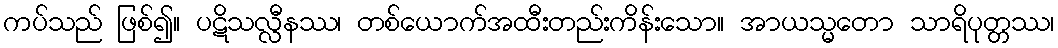
ကပ်သည် ဖြစ်၍။ ပဋိသလ္လီနဿ၊ တစ်ယောက်အထီးတည်းကိန်းသော။ အာယသ္မတော သာရိပုတ္တဿ၊